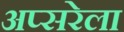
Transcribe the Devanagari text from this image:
अप्सरेला